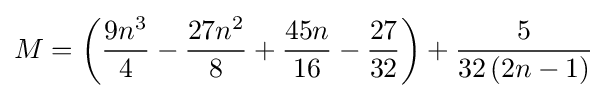
M=\left({\frac {9n^{3}}{4}}-{\frac {27n^{2}}{8}}+{\frac {45n}{16}}-{\frac {27}{32}}\right)+{\frac {5}{32\left(2n-1\right)}}